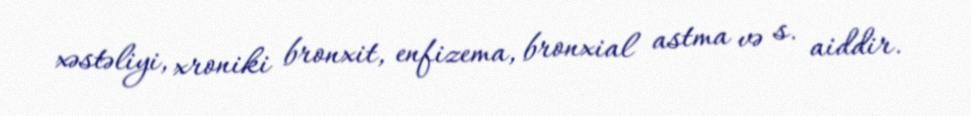
xəstəliyi, xroniki bronxit, enfizema, bronxial astma və s. aiddir.